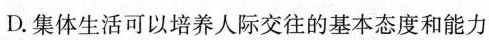
D.集体生活可以培养人际交往的基本态度和能力